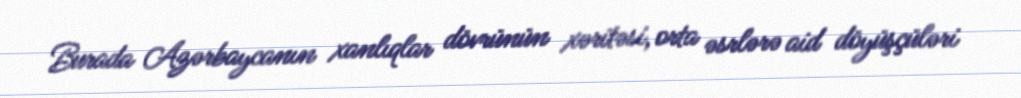
Burada Azərbaycanın xanlıqlar dövrünün xəritəsi, orta əsrlərə aid döyüşçüləri